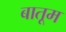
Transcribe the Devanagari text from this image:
बातूम